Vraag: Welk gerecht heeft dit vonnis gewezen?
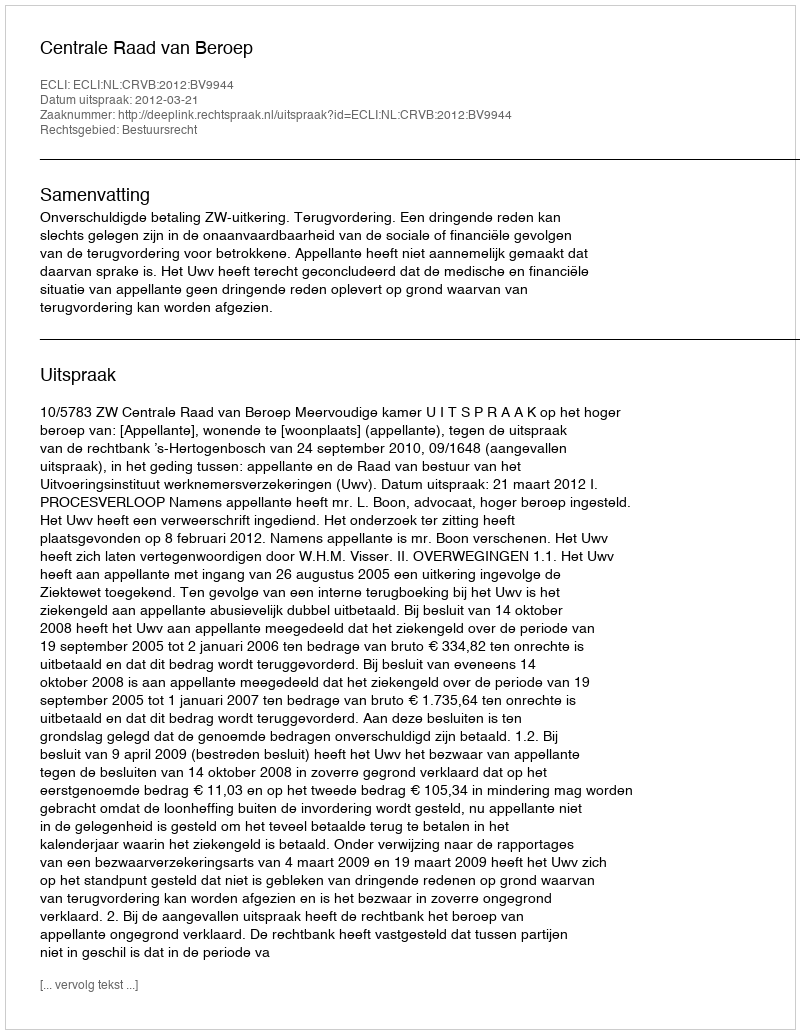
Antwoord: Centrale Raad van Beroep